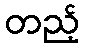
တည့်